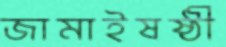
জামাইষষ্ঠী